Lock hospitals Punjab
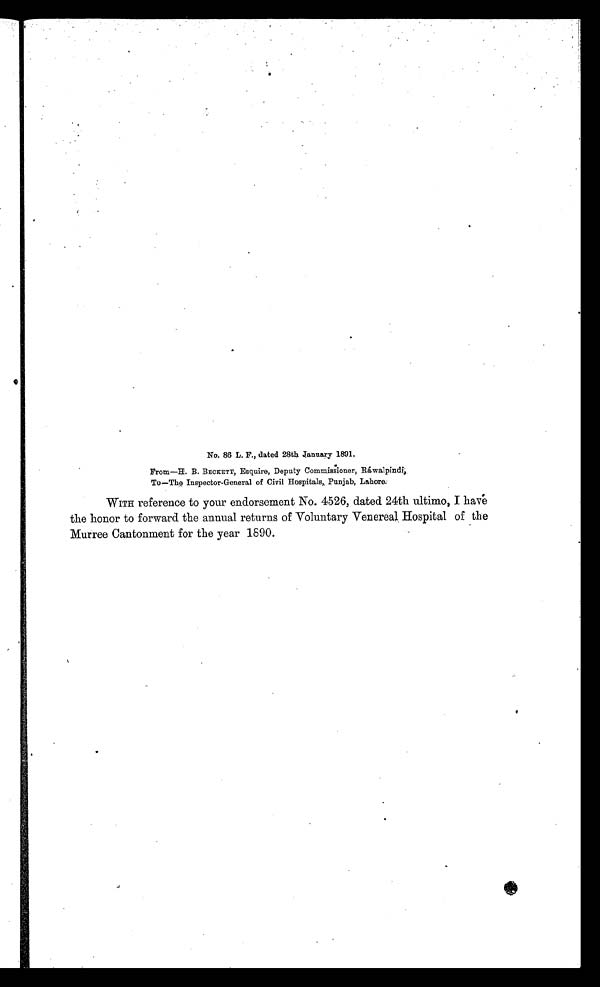
No. 86 L. F., dated 28th Zanuary 1891,
From—H. B. BECKETT, Esquire, Deputy Commissioner, Ráwalpindi;
To—The Inspector-General of Civil Hospitals,. Punjab, Lahore:
WITH reference to your endorsement No. 4526, dated 24th ultimo, I have
the honor to forward the annual returns of Voluntary Venereal , Hospital of the
Murree Cantonment for the year 1890.